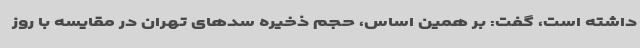
داشته است، گفت: بر همین اساس، حجم ذخیره سدهای تهران در مقایسه با روز